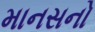
માનસનો